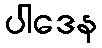
ပါဒေန